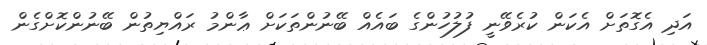
އަދި އެގޮތަށް އެކަން ކުރެވޭނީ ފުލުހުންގެ ބައެއް ބޭނުންތަކަށް ޢާންމު ރައްޔިތުން ބޭނުންކޮށްގެން